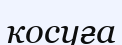
косуға